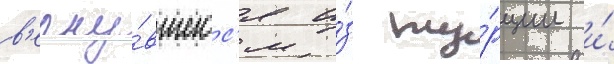
в'ерну́вшегос'я и́з ту́рции и́